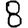
Digit: 8